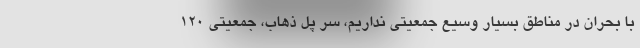
با بحران در مناطق بسیار وسیع جمعیتی نداریم، سر پل ذهاب، جمعیتی ۱۲۰